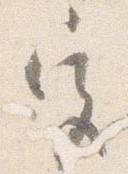
宮